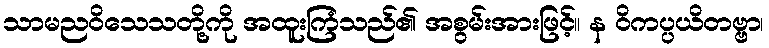
သာမညဝိသေသတို့ကို အထူးကြံသည်၏ အစွမ်းအားဖြင့်။ န ဝိကပ္ပယိတဗ္ဗာ၊